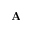
{ \bf A }